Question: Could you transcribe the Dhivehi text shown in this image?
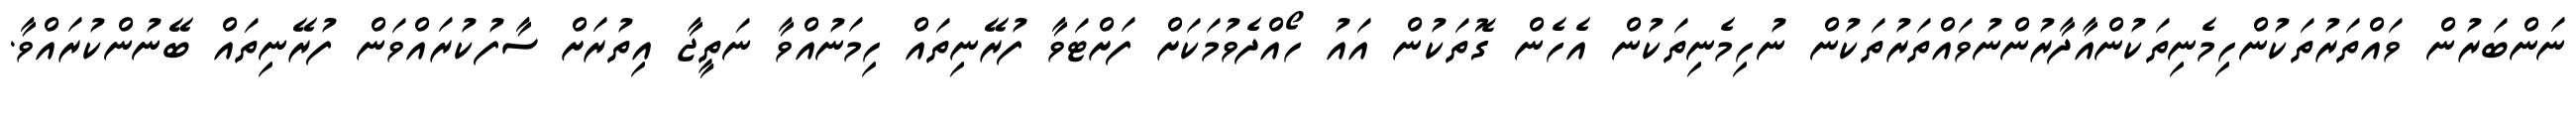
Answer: ނަންބަރުން ވައްތަރުތަކުންހިމެނިތަކުންއާދާރުންނުވައްތަރުތަކުން ނުހިމެނިތަކުން އެހެން ގޮތަކުން އައު ހޯއްދެވުމަކަށް ފަށްޓަވާ ފުރޭނިތައް ހިމަނުއްވާ ނަތީޖާ އިތުރަށް ސާފުކުރައްވަން ފުރޭނިތައް ބޭނުންކުރައްވާ.